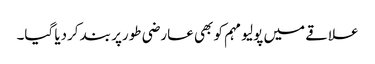
علاقے میں پولیو مہم کو بھی عارضی طورپر بند کردیا گیا۔